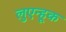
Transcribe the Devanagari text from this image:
लुएन्हूक